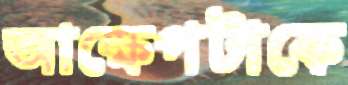
আক্ষেপটাকে